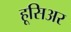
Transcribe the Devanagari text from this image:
हूसिअर